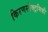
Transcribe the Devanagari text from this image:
किरणस्पेक्ट्रमिकी